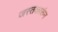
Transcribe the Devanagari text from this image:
जस्तकारुंन